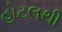
હોટલથી